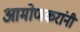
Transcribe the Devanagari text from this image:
आमोणकरांनी